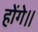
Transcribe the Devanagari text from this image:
होंगे।।